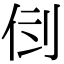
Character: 𠛷